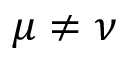
\mu \neq \nu